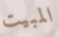
المبيت